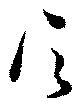
信